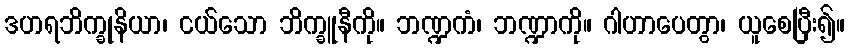
ဒဟရဘိက္ခုနိယာ၊ ငယ်သော ဘိက္ခူနီကို။ ဘဏ္ဍကံ၊ ဘဏ္ဍာကို။ ဂါဟာပေတွာ၊ ယူစေပြီး၍။